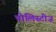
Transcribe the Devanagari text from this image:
पोलिस्टीज़